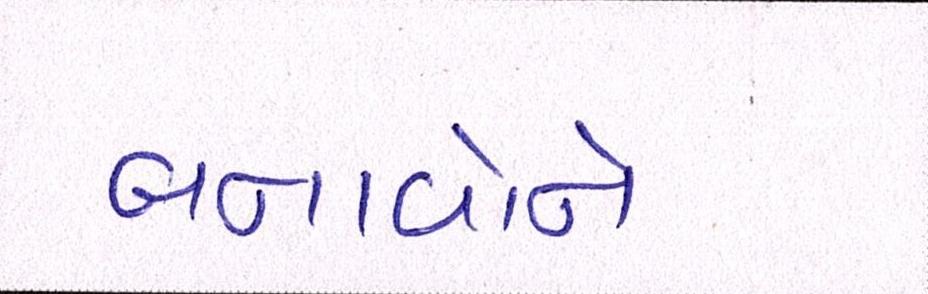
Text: બનાવોને